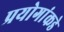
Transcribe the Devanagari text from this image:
प्रयोगांकडे